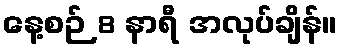
နေ့စဉ် 8 နာရီ အလုပ်ချိန်။